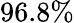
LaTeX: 96.8\%